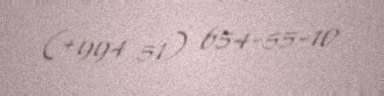
(+994 51) 654-55-10